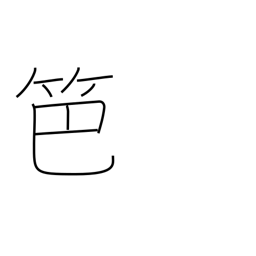
Meaning: bamboo fence